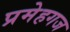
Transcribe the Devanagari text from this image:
प्रमेहगज